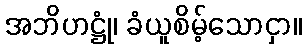
အဘိဟဋ္ဌုံ၊ ခံယူစိမ့်သောငှာ။